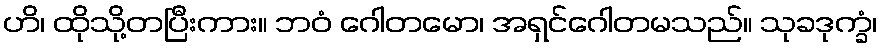
ဟိ၊ ထိုသို့တပြီးကား။ ဘဝံ ဂေါတမော၊ အရှင်ဂေါတမသည်။ သုခဒုက္ခံ၊